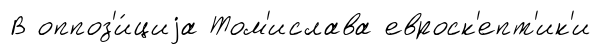
В оппоз'и́циjа Том'ислава евроск'епт'ик'и